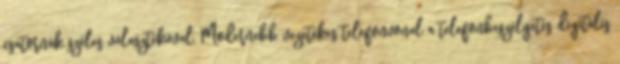
csatornák széles választékával. Modernebb vezetékes telefonvonal a telefonbeszélgetés digitális